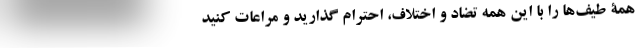
همۀ طیف‌ها را با این همه تضاد و اختلاف، احترام گذارید و مراعات کنید